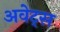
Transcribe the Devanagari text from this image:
अवेट्स